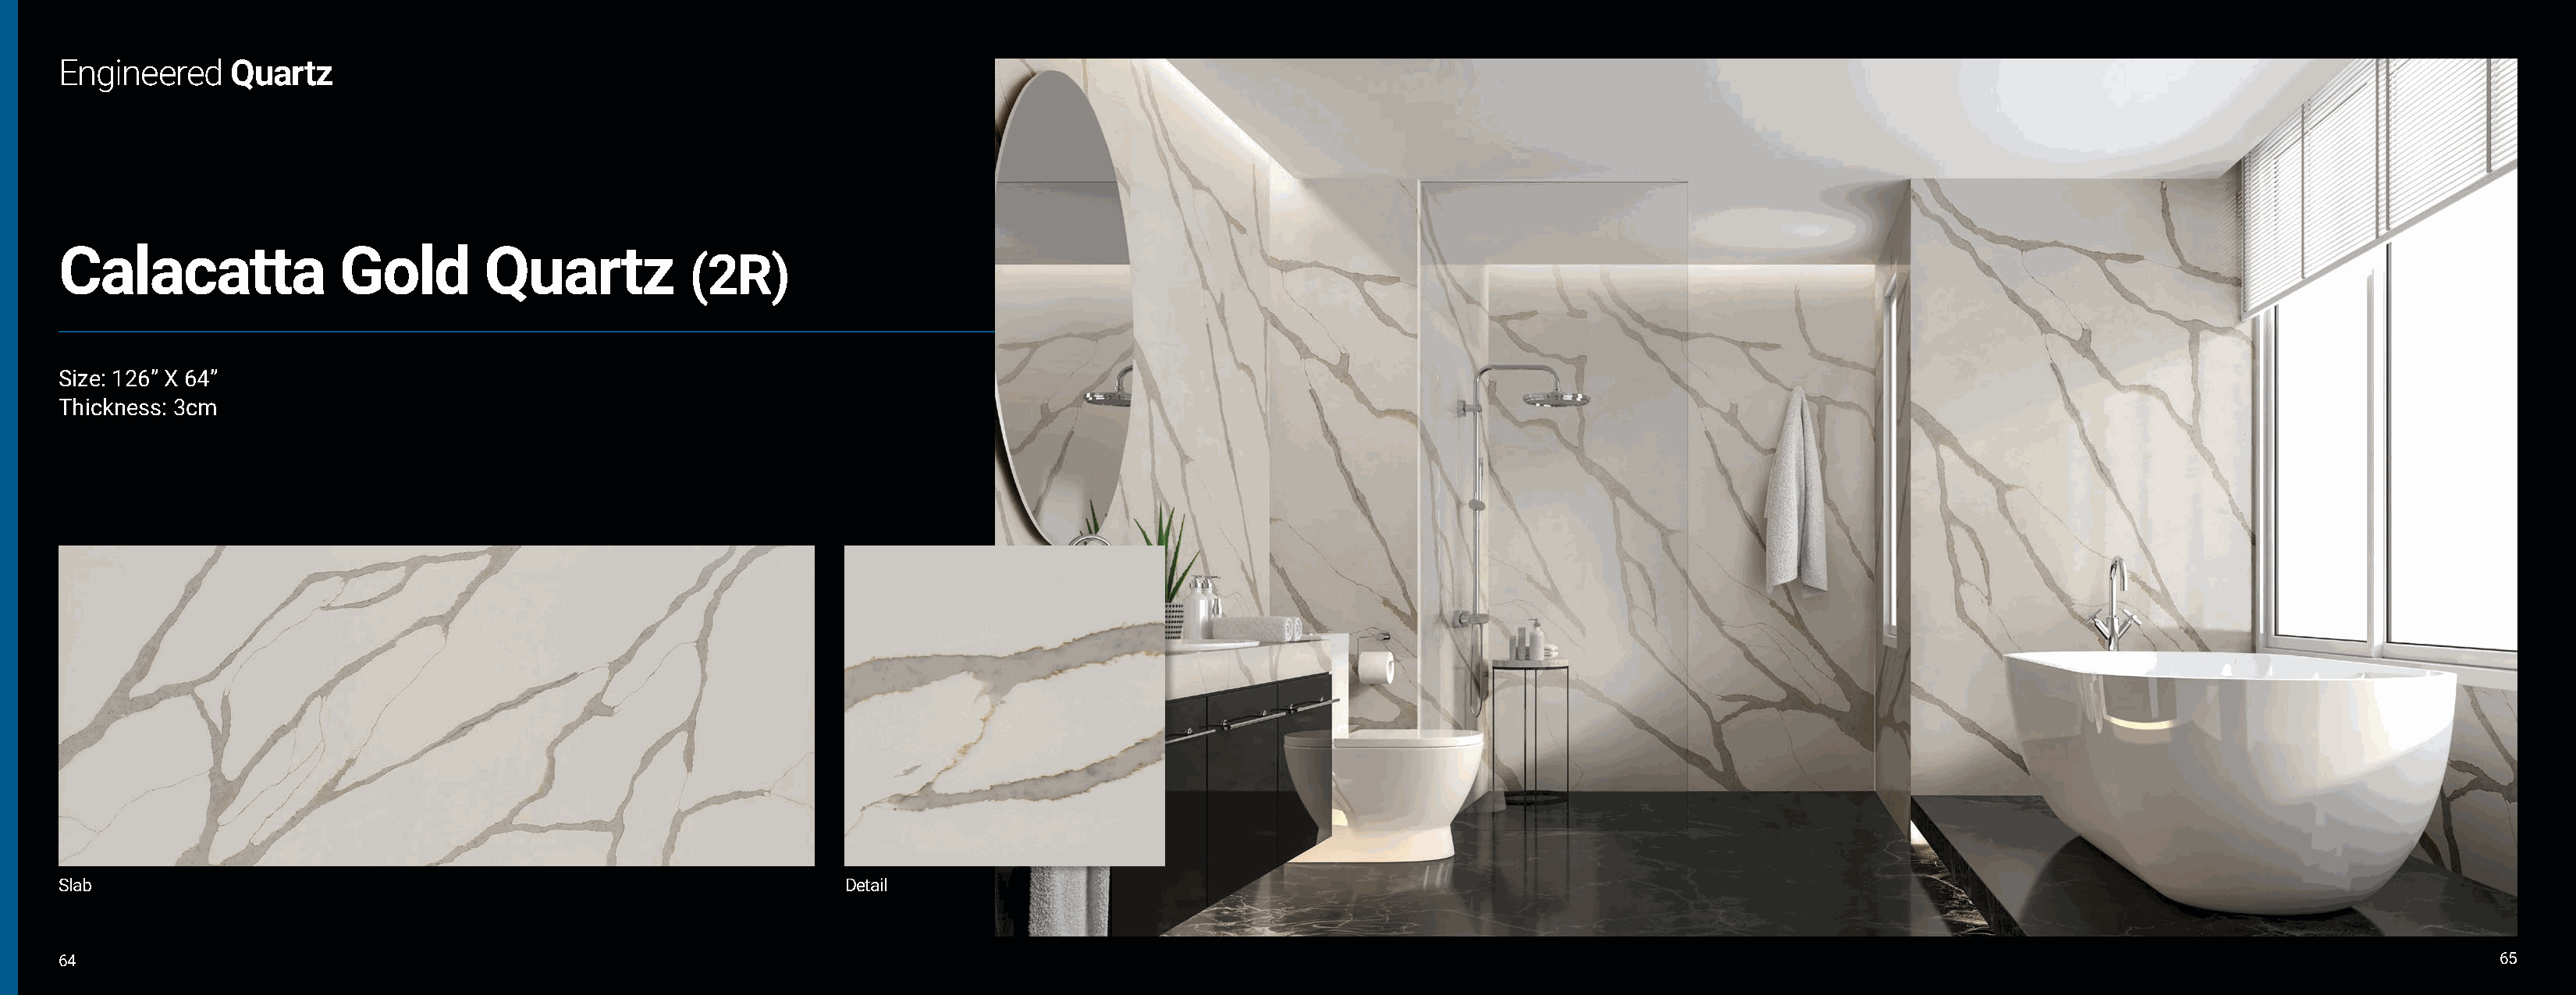
Engineered     Quartz
 Calacatta               Gold        Quartz
 (2R)
 Size: 126” X 64”
 Thickness: 3cm
 Slab                                                               Detail
 64                                                                                                                                                                                                             65